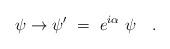
LaTeX: \begin{align*}\psi \to \psi ' ~=~ e^{i\alpha} ~ \psi \quad . \end{align*}